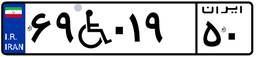
۹۷W۱۴۸۳۹